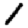
Digit: 1